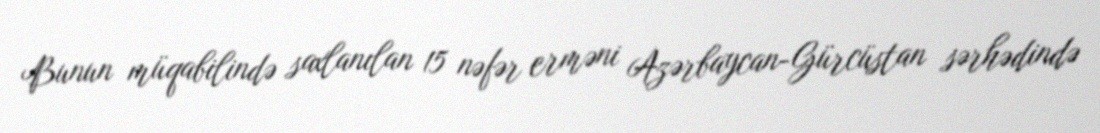
Bunun müqabilində saxlanılan 15 nəfər erməni Azərbaycan-Gürcüstan sərhədində